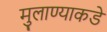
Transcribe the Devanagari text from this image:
मुलाण्याकडे